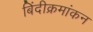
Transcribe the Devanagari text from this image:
बिंदीक्रमांकन